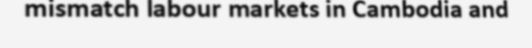
mismatch labour markets in Cambodia and